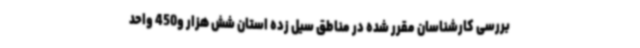
بررسی کارشناسان مقرر شده در مناطق سیل زده استان شش هزار و450 واحد